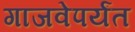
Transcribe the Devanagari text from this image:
गाजवेपर्यंत